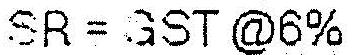
SR = GST @6%